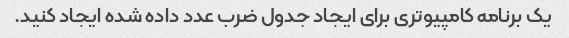
یک برنامه کامپیوتری برای ایجاد جدول ضرب عدد داده شده ایجاد کنید.